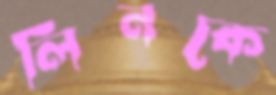
লিনকে